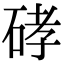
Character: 硣